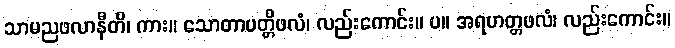
သာမညဖလာနီတိ၊ ကား။ သောတာပတ္တိဖလံ၊ လည်းကောင်း။ ပ။ အရဟတ္တဖလံ၊ လည်းကောင်း။